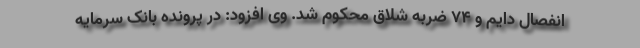
انفصال دایم و ۷۴ ضربه شلاق محکوم شد. وی افزود: در پرونده بانک سرمایه